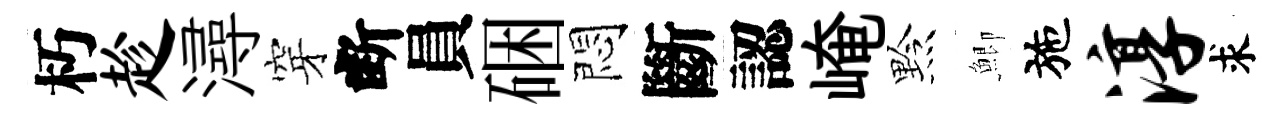
朽趁潯穿断員硱悶斷認崦黔鯽施淳求